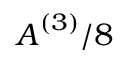
\boldsymbol { A } ^ { ( 3 ) } / 8